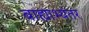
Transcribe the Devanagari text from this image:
बाह्याभ्यंतर